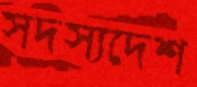
সদস্যদেশ